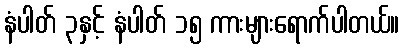
နံပါတ် ၃နှင့် နံပါတ် ၁၅ ကားများရောက်ပါတယ်။